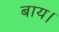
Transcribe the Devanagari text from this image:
बाय।